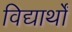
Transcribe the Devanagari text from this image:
विद्यार्थों